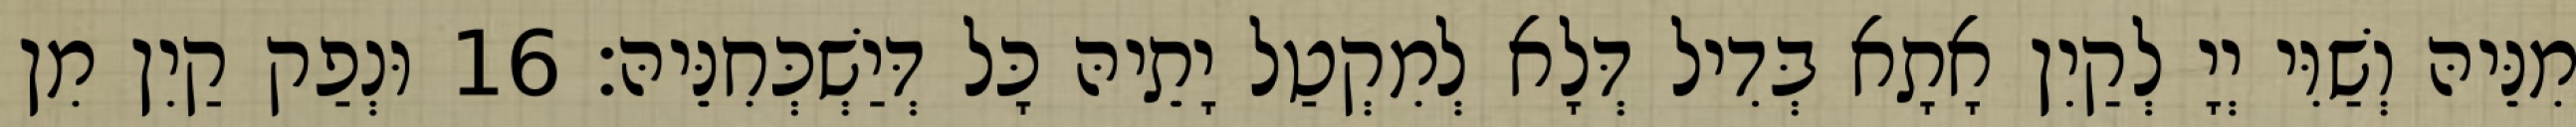
מִנֵּיהּ וְשַׁוִּי יְיָ לְקַיִן אָתָא בְּדִיל דְּלָא לְמִקְטַל יָתֵיהּ כָּל דְּיַשְׁכְּחִנֵּיהּ׃ 16 וּנְפַק קַיִן מִן